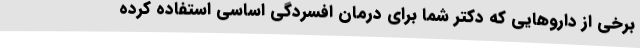
برخی از داروهایی که دکتر شما برای درمان افسردگی اساسی استفاده کرده